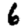
Digit: 6